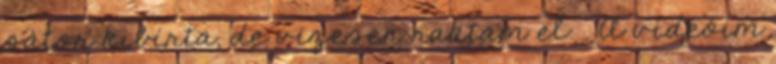
sátor kibírta, de vizesen raktam el. . A videóim